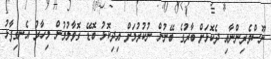
ނޫސްވެރިންނާއި ދެކޮޅަށް ބާރުގެ ބޭނުން ނުކުރުމަށް އިދިކޮޅު ބޮޑޭ ގޮވާލުމުން މިހާރު އެނގިފާޅު